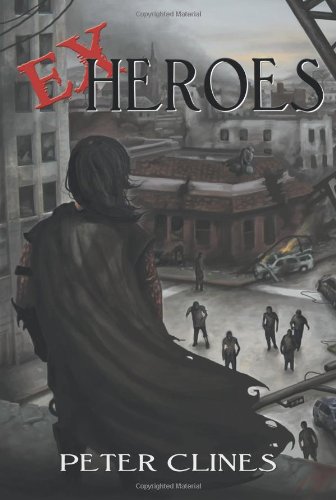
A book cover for Ex-Heroes; Peter Clines; Science Fiction & Fantasy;